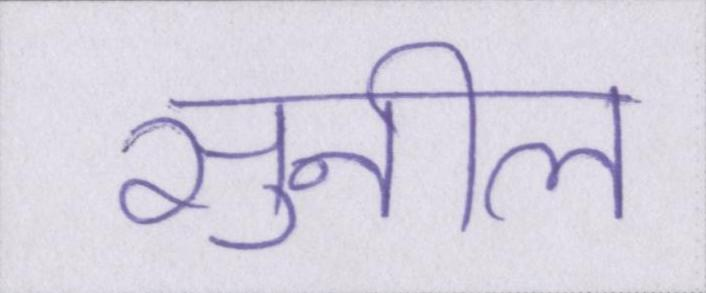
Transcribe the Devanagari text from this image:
सुनील